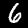
Label: 6